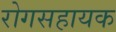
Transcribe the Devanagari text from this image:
रोगसहायक